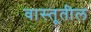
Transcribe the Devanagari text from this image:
वास्तूतील